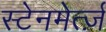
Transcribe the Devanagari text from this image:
स्टेनमेर्त्ज़